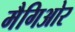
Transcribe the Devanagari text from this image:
मैगिओर